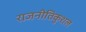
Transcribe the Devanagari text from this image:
राजनीतिकुशल